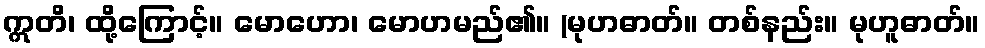
ဣတိ၊ ထို့ကြောင့်။ မောဟော၊ မောဟမည်၏။ (မုဟဓာတ်။ တစ်နည်း။ မုဟူဓာတ်။